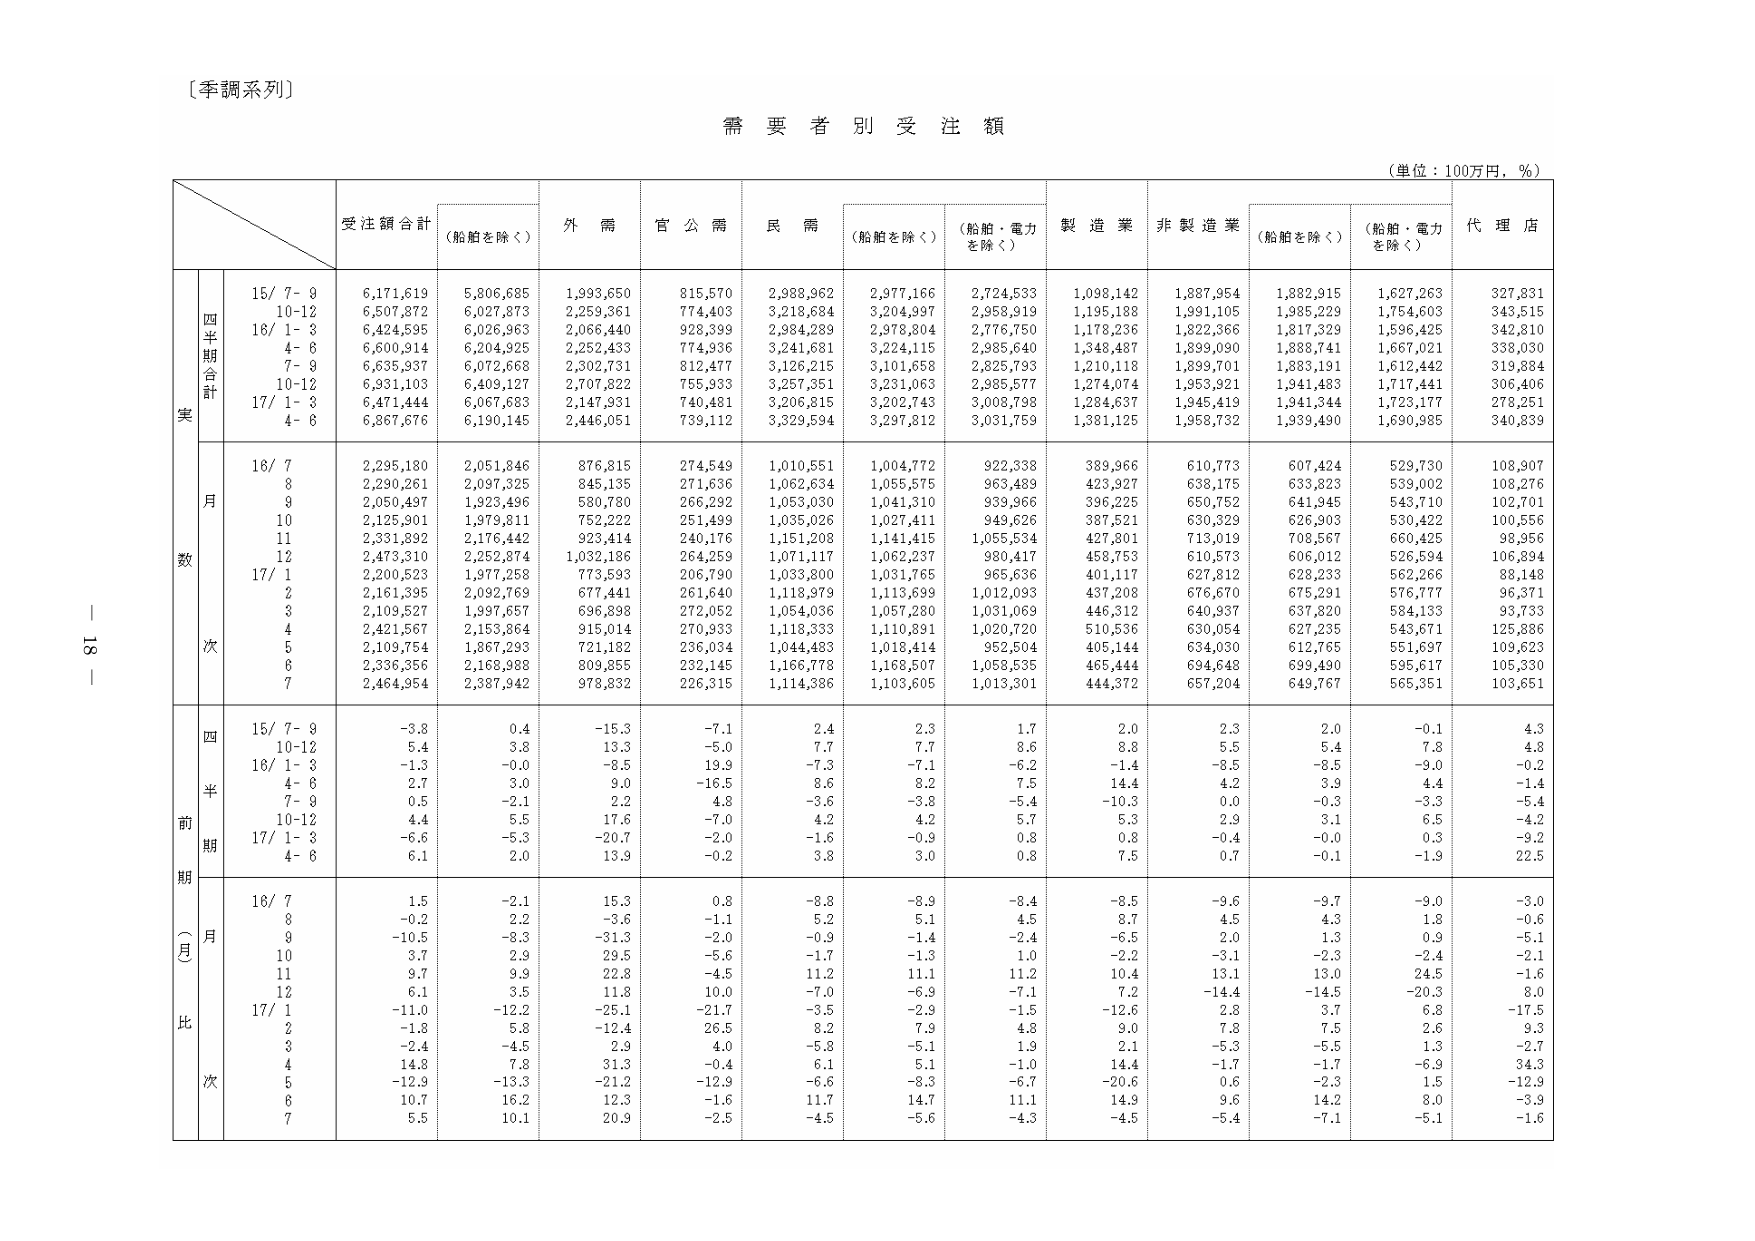
〔季調系列〕

需要者別受注額

（単位：100万円，％）

受注額合計　（船舶を除く）　外需　官公需　民需　（船舶を除く）　（船舶・電力を除く）　製造業　非製造業　（船舶を除く）　（船舶・電力を除く）　代理店

四半期合計
実
15/ 7- 9　6,171,619　5,806,685　1,993,650　815,570　2,988,962　2,977,166　2,724,533　1,098,142　1,887,954　1,882,915　1,627,263　327,831
　10-12　6,507,872　6,027,873　2,259,361　774,403　3,218,684　3,204,997　2,958,919　1,195,188　1,991,105　1,985,229　1,754,603　343,515
16/ 1- 3　6,424,595　6,026,963　2,066,440　928,399　2,984,289　2,978,804　2,776,750　1,178,236　1,822,366　1,817,329　1,596,425　342,810
　4- 6　6,600,914　6,204,925　2,252,433　774,936　3,241,681　3,224,115　2,985,640　1,348,487　1,899,090　1,888,741　1,667,021　338,030
　7- 9　6,635,937　6,072,668　2,302,731　812,477　3,126,215　3,101,658　2,825,793　1,210,118　1,899,701　1,883,191　1,612,442　319,884
　10-12　6,931,103　6,409,127　2,707,822　755,933　3,257,951　3,231,063　2,985,577　1,274,074　1,953,921　1,941,483　1,717,441　306,406
17/ 1- 3　6,471,444　6,067,683　2,147,931　740,481　3,206,815　3,202,743　3,008,798　1,284,637　1,945,419　1,941,344　1,723,177　278,251
　4- 6　6,867,676　6,190,145　2,446,051　739,112　3,329,594　3,297,812　3,031,759　1,381,125　1,958,732　1,939,490　1,690,985　340,839

月数
16/ 7　2,295,180　2,051,846　876,815　274,549　1,010,551　1,004,772　922,338　389,966　610,773　607,424　529,730　108,907
　8　2,290,261　2,097,325　845,135　271,636　1,062,634　1,055,575　963,489　423,927　638,175　633,823　539,002　108,276
　9　2,050,497　1,923,496　580,780　266,292　1,053,030　1,041,310　939,966　396,225　650,752　641,945　543,710　102,701
　10　2,125,901　1,979,811　752,222　251,499　1,035,026　1,027,411　949,626　387,521　630,329　626,903　530,422　100,556
　11　2,331,892　2,176,442　923,414　240,176　1,151,208　1,141,415　1,055,534　427,801　713,019　708,567　660,425　98,956
　12　2,473,310　2,252,874　1,032,186　264,259　1,071,117　1,062,237　980,417　458,753　610,573　606,012　526,594　106,894
17/ 1　2,200,523　1,977,258　773,593　206,790　1,033,800　1,031,765　965,636　401,117　627,812　628,233　562,266　88,148
　2　2,161,395　2,092,769　677,441　261,640　1,118,979　1,113,699　1,012,093　437,208　676,670　675,291　576,777　96,371
　3　2,109,527　1,997,657　696,898　272,052　1,054,036　1,057,280　1,031,069　446,312　640,937　637,820　584,133　93,733
　4　2,421,567　2,153,864　915,014　270,933　1,118,333　1,110,891　1,020,720　510,536　630,054　627,235　543,671　125,886
　5　2,109,754　1,867,293　721,182　236,034　1,044,483　1,018,414　952,504　405,144　634,030　612,765　551,697　109,623
　6　2,336,356　2,168,988　809,855　232,145　1,166,778　1,168,507　1,058,535　465,444　694,648　699,490　595,617　105,330
　7　2,464,954　2,387,942　978,832　226,315　1,114,386　1,103,605　1,013,301　444,372　657,204　649,767　565,351　103,651

四半期
前期（月比）
15/ 7- 9　-3.8　0.4　-15.3　-7.1　2.4　2.3　1.7　2.0　2.3　2.0　-0.1　4.3
　10-12　5.4　3.8　13.3　-5.0　7.7　7.7　8.6　8.8　5.5　5.4　7.8　4.8
16/ 1- 3　-1.3　-0.0　-8.5　19.3　-7.3　-7.1　-6.2　-1.4　-8.5　-8.5　-9.0　-0.2
　4- 6　2.7　3.0　9.0　-16.5　8.6　8.2　7.5　14.4　4.2　3.9　4.4　-1.4
　7- 9　0.5　-2.1　2.2　4.8　-3.6　-3.8　-5.4　-10.3　0.0　-0.3　-3.3　-5.4
　10-12　4.4　5.5　17.6　-7.0　4.2　4.2　5.7　5.3　2.9　3.1　6.5　-4.2
17/ 1- 3　-6.6　-5.3　-20.7　-2.0　-1.6　-0.9　0.8　0.8　-0.4　-0.0　0.3　-9.2
　4- 6　6.1　2.0　13.9　-0.2　3.8　3.0　0.8　7.5　0.7　-0.1　-1.9　22.5

月比
16/ 7　1.5　-2.1　15.3　0.8　-8.8　-8.9　-8.4　-8.5　-9.6　-9.7　-9.0　-3.0
　8　-0.2　2.2　-3.6　-1.1　5.2　5.1　4.5　8.7　4.5　4.3　1.8　-0.6
　9　-10.5　-8.3　-31.3　-2.0　-0.9　-1.4　-2.4　-6.5　2.0　1.3　0.9　-5.1
　10　3.7　2.9　29.5　-5.6　-1.7　-1.3　1.0　-2.2　-3.1　-2.3　-2.4　-2.1
　11　9.7　9.9　22.8　-4.5　11.2　11.1　11.2　10.4　13.1　13.0　24.5　-1.6
　12　6.1　3.5　11.8　10.0　-7.0　-6.9　-7.1　7.2　-14.4　-14.5　-20.3　8.0
17/ 1　-11.0　-12.2　-25.1　-21.7　-3.5　-2.9　-1.5　-12.6　2.8　3.7　6.8　-17.5
　2　-1.8　5.8　-12.4　26.5　8.2　7.9　4.8　9.0　7.8　7.5　2.6　9.3
　3　-2.4　-4.5　2.9　4.0　-5.8　-5.1　1.9　2.1　-5.3　-5.5　1.3　-2.7
　4　14.8　7.8　31.3　-0.4　6.1　5.1　-1.0　14.4　-1.7　-1.7　-6.9　34.3
　5　-12.9　-13.3　-21.2　-12.9　-6.6　-8.3　-6.7　-20.6　0.6　-2.3　1.5　-12.9
　6　10.7　16.2　12.3　-1.6　11.7　14.7　11.1　14.9　3.6　14.2　8.0　-3.9
　7　5.5　10.1　20.9　-2.5　-4.5　-5.6　-4.3　-4.5　-5.4　-7.1　-5.1　-1.6

— 18 —